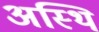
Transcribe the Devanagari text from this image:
अस्‍थि